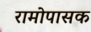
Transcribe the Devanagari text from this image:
रामोपासक